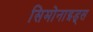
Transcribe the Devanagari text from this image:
सिमोनाइड्स